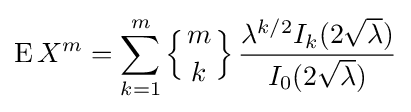
\operatorname {E} X^{m}=\sum _{k=1}^{m}\left\{{m \atop k}\right\}{\frac {\lambda ^{k/2}I_{k}(2{\sqrt {\lambda }})}{I_{0}(2{\sqrt {\lambda }})}}